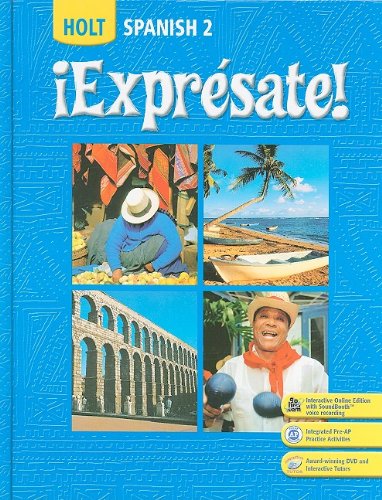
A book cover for Â¡Expresate!: Spanish 2 (Holt Spanish: Level 2); RINEHART AND WINSTON HOLT; Teen & Young Adult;